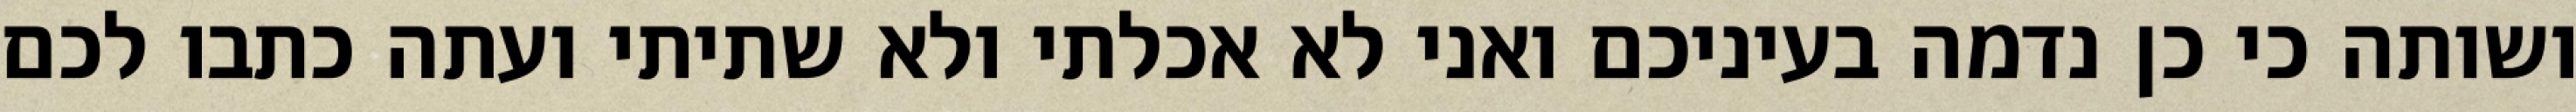
ושותה כי כן נדמה בעיניכם ואני לא אכלתי ולא שתיתי ועתה כתבו לכם